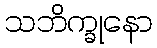
သဘိက္ခုနော